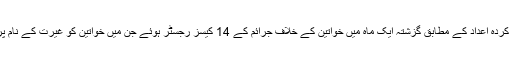
پاکستان سول سوسائٹی نیٹ ورک کے جمع کردہ اعداد کے مطابق گزشتہ ایک ماہ میں خواتین کے خلاف جرائم کے 14 کیسز رجسٹر ہوئے جن میں خواتین کو غیرت کے نام پر قتل کیا گیا یا پھر ان پر تیزاب پھینکا گیا۔